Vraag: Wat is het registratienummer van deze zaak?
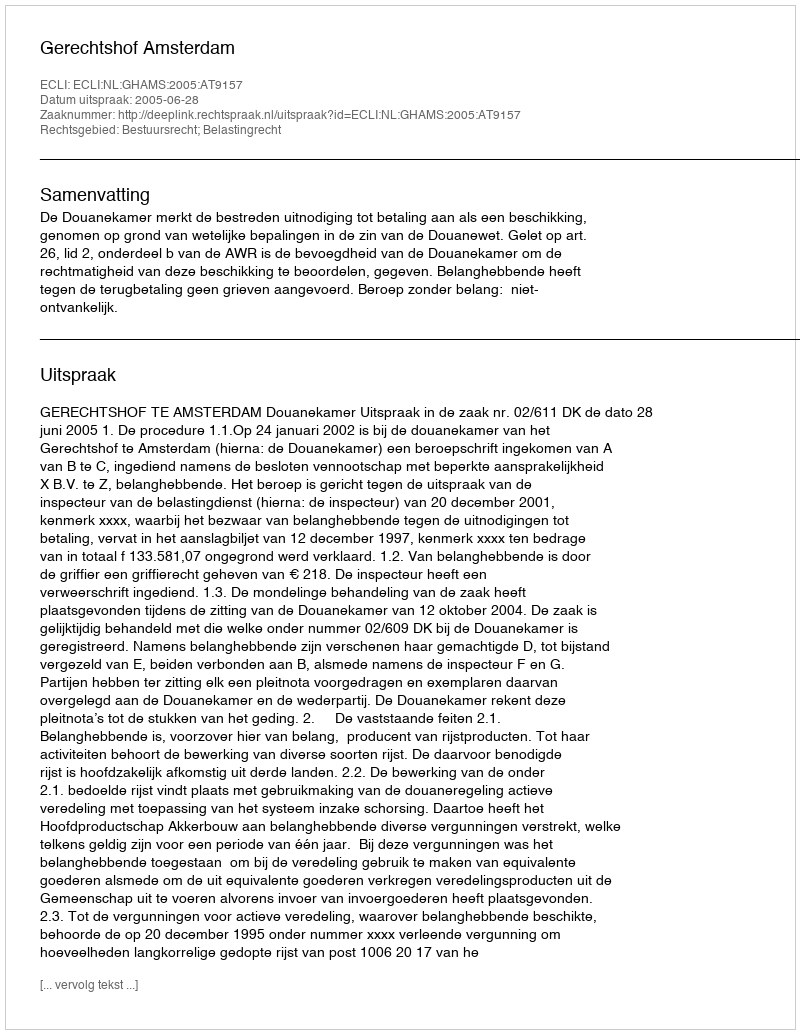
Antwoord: http://deeplink.rechtspraak.nl/uitspraak?id=ECLI:NL:GHAMS:2005:AT9157